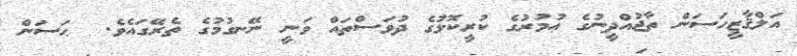
އަލްޤާޒީހަސަން ތާޖުއްދީނުގެ ޢުމުރުގެ ކުރީކޮޅުގެ ދުވަސްތައް ވަނީ ނޭނގުމުގެ ތެރޭގައެވެ.  ޙަސަން